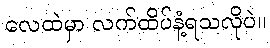
လေထဲမှာ လက်ထိပ်နံ့ရသလိုပဲ။